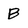
Character: B